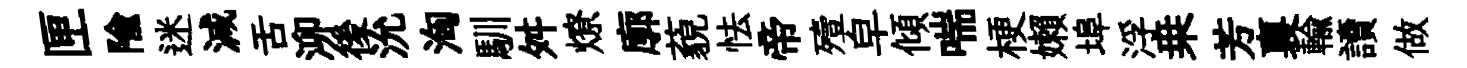
匣隃迷減舌泖後沇洶馴舛燎廓藐怯帝殪皁傾喘梗嬾埠浮桒芳裏輸讀做